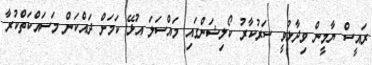
ރައީސް ޔާމީން ވިދާޅުވީ ސަރުކާރު ކޯލިޝަންގައި މައްސަލަ އުޅޭ ކަމަށް ދައްކަން މަސައްކަތްކުރާ